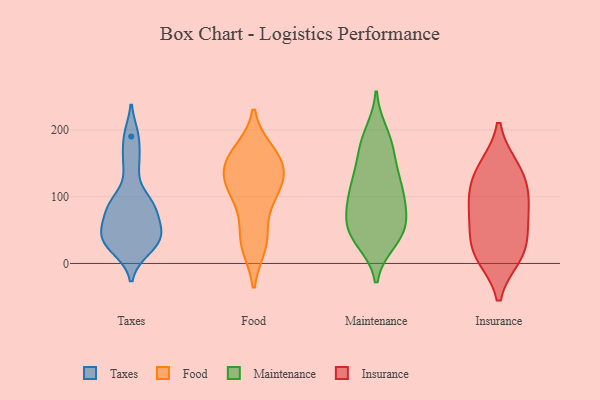
{"axis": {"x": "LTV (USD)", "y": "Value"}, "legend": ["Food", "Insurance", "Maintenance", "Taxes"], "data": [{"x": "", "y": 41, "type": "Taxes"}, {"x": "", "y": 29, "type": "Taxes"}, {"x": "", "y": 49, "type": "Taxes"}, {"x": "", "y": 85, "type": "Taxes"}, {"x": "", "y": 87, "type": "Taxes"}, {"x": "", "y": 89, "type": "Taxes"}, {"x": "", "y": 21, "type": "Taxes"}, {"x": "", "y": 190, "type": "Taxes"}, {"x": "", "y": 149, "type": "Taxes"}, {"x": "", "y": 50, "type": "Taxes"}, {"x": "", "y": 160, "type": "Food"}, {"x": "", "y": 136, "type": "Food"}, {"x": "", "y": 167, "type": "Food"}, {"x": "", "y": 157, "type": "Food"}, {"x": "", "y": 88, "type": "Food"}, {"x": "", "y": 108, "type": "Food"}, {"x": "", "y": 119, "type": "Food"}, {"x": "", "y": 27, "type": "Food"}, {"x": "", "y": 155, "type": "Food"}, {"x": "", "y": 133, "type": "Food"}, {"x": "", "y": 32, "type": "Food"}, {"x": "", "y": 39, "type": "Food"}, {"x": "", "y": 110, "type": "Food"}, {"x": "", "y": 165, "type": "Maintenance"}, {"x": "", "y": 98, "type": "Maintenance"}, {"x": "", "y": 97, "type": "Maintenance"}, {"x": "", "y": 142, "type": "Maintenance"}, {"x": "", "y": 135, "type": "Maintenance"}, {"x": "", "y": 49, "type": "Maintenance"}, {"x": "", "y": 46, "type": "Maintenance"}, {"x": "", "y": 93, "type": "Maintenance"}, {"x": "", "y": 131, "type": "Maintenance"}, {"x": "", "y": 182, "type": "Maintenance"}, {"x": "", "y": 184, "type": "Maintenance"}, {"x": "", "y": 196, "type": "Maintenance"}, {"x": "", "y": 33, "type": "Maintenance"}, {"x": "", "y": 57, "type": "Maintenance"}, {"x": "", "y": 104, "type": "Maintenance"}, {"x": "", "y": 106, "type": "Maintenance"}, {"x": "", "y": 50, "type": "Maintenance"}, {"x": "", "y": 72, "type": "Maintenance"}, {"x": "", "y": 56, "type": "Maintenance"}, {"x": "", "y": 33, "type": "Maintenance"}, {"x": "", "y": 88, "type": "Insurance"}, {"x": "", "y": 97, "type": "Insurance"}, {"x": "", "y": 49, "type": "Insurance"}, {"x": "", "y": 21, "type": "Insurance"}, {"x": "", "y": 143, "type": "Insurance"}, {"x": "", "y": 12, "type": "Insurance"}, {"x": "", "y": 142, "type": "Insurance"}, {"x": "", "y": 117, "type": "Insurance"}, {"x": "", "y": 69, "type": "Insurance"}, {"x": "", "y": 14, "type": "Insurance"}]}